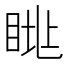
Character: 𥆮